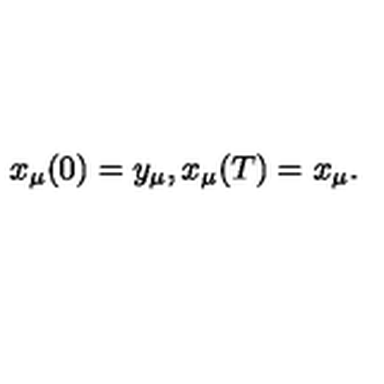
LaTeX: x _ { \mu } ( 0 ) = y _ { \mu } , x _ { \mu } ( T ) = x _ { \mu } .